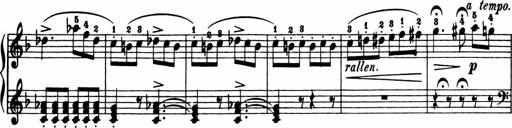
Title: 11 Sonatinas for Piano Solo
Composer: Anton Diabelli